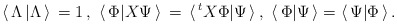
\begin{align*}\langle\,\Lambda \,\vert\Lambda\,\rangle\,=1\,,\,\,\langle\,\Phi \vert X\Psi\,\rangle\,=\,\langle\,{^tX}\Phi\vert\Psi \,\rangle\,,\,\,\langle\,\Phi\vert\Psi\,\rangle = \langle\,\Psi \vert\Phi\,\rangle\,.\end{align*}